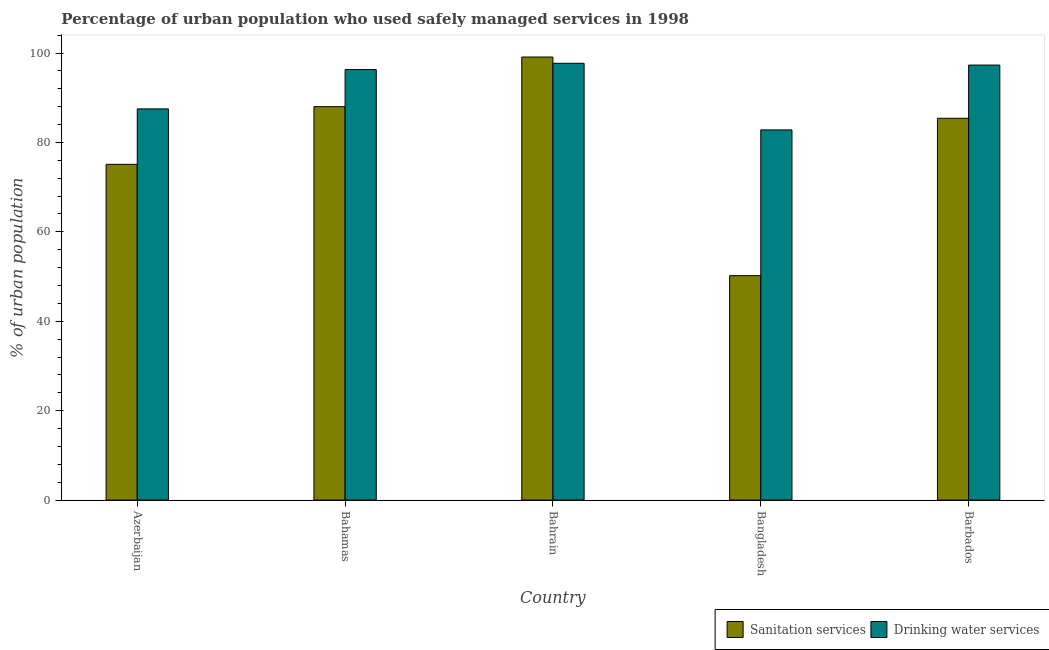
| Country | Sanitation services | Drinking water services |
 | --- | --- | --- |
 | Azerbaijan | 75.1 | 87.5 |
 | Bahamas | 88 | 96.3 |
 | Bahrain | 99.1 | 97.7 |
 | Bangladesh | 50.2 | 82.8 |
 | Barbados | 85.4 | 97.3 |